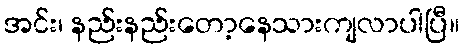
အင်း၊ နည်းနည်းတော့နေသားကျလာပါပြီ။